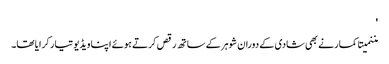
'
مننمیتا کمار نے بھی شادی کے دوران شوہر کے ساتھ رقص کرتے ہوئے اپنا ویڈیو تیار کرایا تھا۔